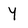
Character: Y